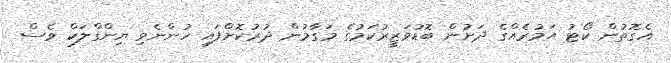
އެގޮތުން ކޯޓު އަމުރެއްގެ ދަށުން ބޮޑުވަޒީރުކަމުގެ މަގާމުން ދުރުކޮށްފައި ހުންނެވި ޔިންގްލަކް ވެސް